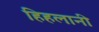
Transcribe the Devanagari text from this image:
हिहलानी